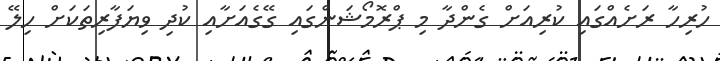
ހުރިހާ ރަށެއްގައި ކުރިއަށް ގެންދާ މި ޕްރޮމޯޝަންގައި ގޭގެއަށާއި ކުދި ވިޔަފާރިތަކަށް ހިލޭ